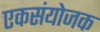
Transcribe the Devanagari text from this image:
एकसंयोजक